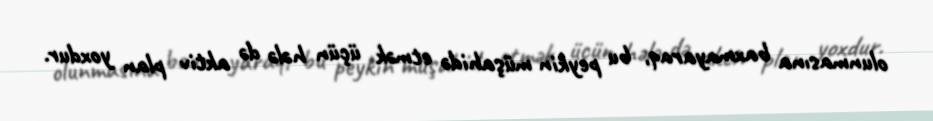
olunmasına baxmayaraq, bu peykin müşahidə etmək üçün hələ də aktiv plan yoxdur.